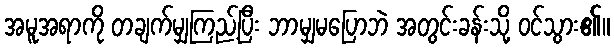
အမူအရာကို တချက်မျှကြည့်ပြီး ဘာမျှမပြောဘဲ အတွင်းခန်းသို့ ဝင်သွား၏။